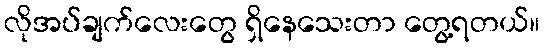
လိုအပ်ချက်လေးတွေ ရှိနေသေးတာ တွေ့ရတယ်။